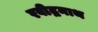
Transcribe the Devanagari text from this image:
रवीद्रनाथ